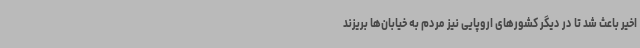
اخیر باعث شد تا در دیگر کشورهای اروپایی نیز مردم به خیابان‌ها بریزند